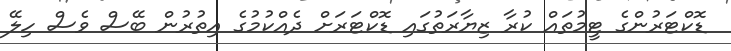
ޑޮކްޓަރުންގެ ޓީމުތައް ކުރާ ޒިޔާރަތުގައި ޑޮކްޓަރަށް ދެއްކުމުގެ އިތުރުން ބޭސް ވެސް ހިލޭ